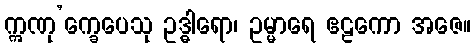
ဣဏု’က္ခေပေသု ဥဒ္ဓါရော၊ ဥမ္မာရေ ဧဠကော အဇေ။